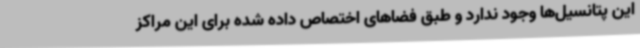
این پتانسیل‌ها وجود ندارد و طبق فضاهای اختصاص داده شده برای این مراکز